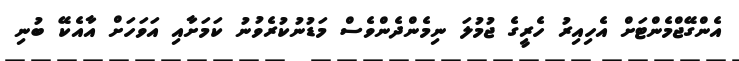
އެންގޭޖްމެންޓަށް އެހިއިރު ހެރީގެ ޖުމުލަ ނިމެންދެންވެސް މަޑުނުކުރެވުނު ކަމަށާއި އަވަހަށް އާއެކޭ ބުނި